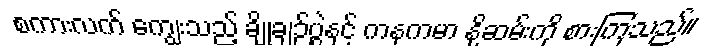
စကားလက် ကျွေးသည့် ချိုချဉ်ပွဲနှင့် ကနုကမာ နို့ဆမ်းကို စားကြသည်။